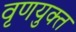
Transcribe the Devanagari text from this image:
वृणयुक्त